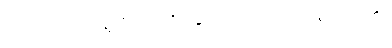
ကြောက်လန့်တကြား ထွက်ပြေးကြကုန်လေ၏။